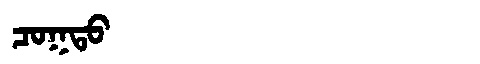
Manchu: ᠴᠣᡴᡨᠣ
Romanization: COKTO